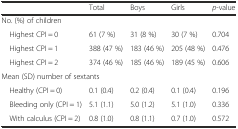
|  | Total | Boys | Girls | p-value |
 | --- | --- | --- | --- | --- |
 | No. (%) of children |  |  |  |  |
 | Highest CPI = 0 | 61 (7 %) | 31 (8 %) | 30 (7 %) | 0.704 |
 | Highest CPI = 1 | 388 (47 %) | 183 (46 %) | 205 (48 %) | 0.476 |
 | Highest CPI = 2 | 374 (46 %) | 185 (46 %) | 189 (45 %) | 0.606 |
 | <COLSPAN=5> Mean (SD) number of sextants |
 | Healthy (CPI = 0) | 0.1 (0.4) | 0.2 (0.4) | 0.1 (0.4) | 0.196 |
 | Bleeding only (CPI = 1) | 5.1 (1.1) | 5.0 (1.2) | 5.1 (1.0) | 0.336 |
 | With calculus (CPI = 2) | 0.8 (1.0) | 0.8 (1.1) | 0.7 (1.0) | 0.572 |